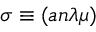
\sigma \equiv ( a n \lambda \mu )